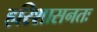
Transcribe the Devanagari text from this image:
हरिशासनतः